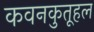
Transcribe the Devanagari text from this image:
कवनकुतूहल